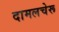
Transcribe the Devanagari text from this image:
दामलचेरू